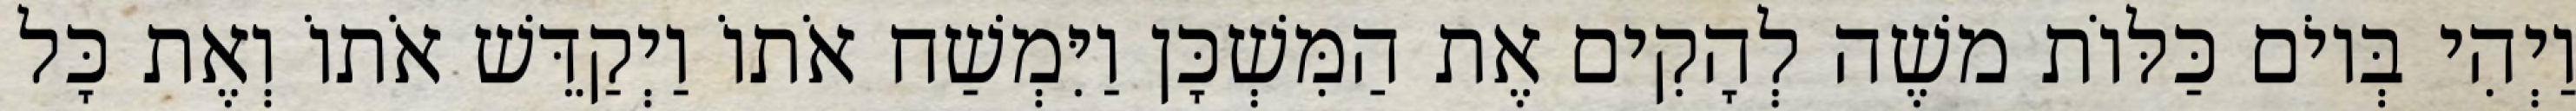
וַיְהִי בְּיוֹם כַּלּוֹת משֶׁה לְהָקִים אֶת הַמִּשְׁכָּן וַיִּמְשַׁח אֹתוֹ וַיְקַדֵּשׁ אֹתוֹ וְאֶת כָּל